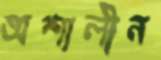
অশালীন